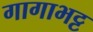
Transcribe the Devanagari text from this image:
गागाभट्ट